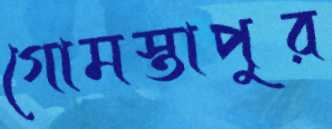
গোমস্তাপুর